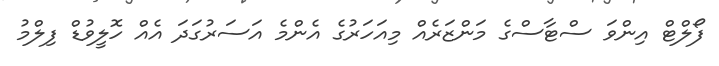
ފޯލްޓް އިންވަ ސްޓާސްގެ މަންޒަރެއް މިއަހަރުގެ އެންމެ އަސަރުގަދަ އެއް ހޮލީވުޑް ފިލްމު